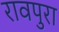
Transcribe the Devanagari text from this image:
रावपुरा